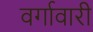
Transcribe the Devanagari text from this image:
वर्गावारी